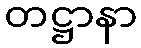
တဋ္ဌာနာ